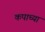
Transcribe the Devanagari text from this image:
कपाच्या